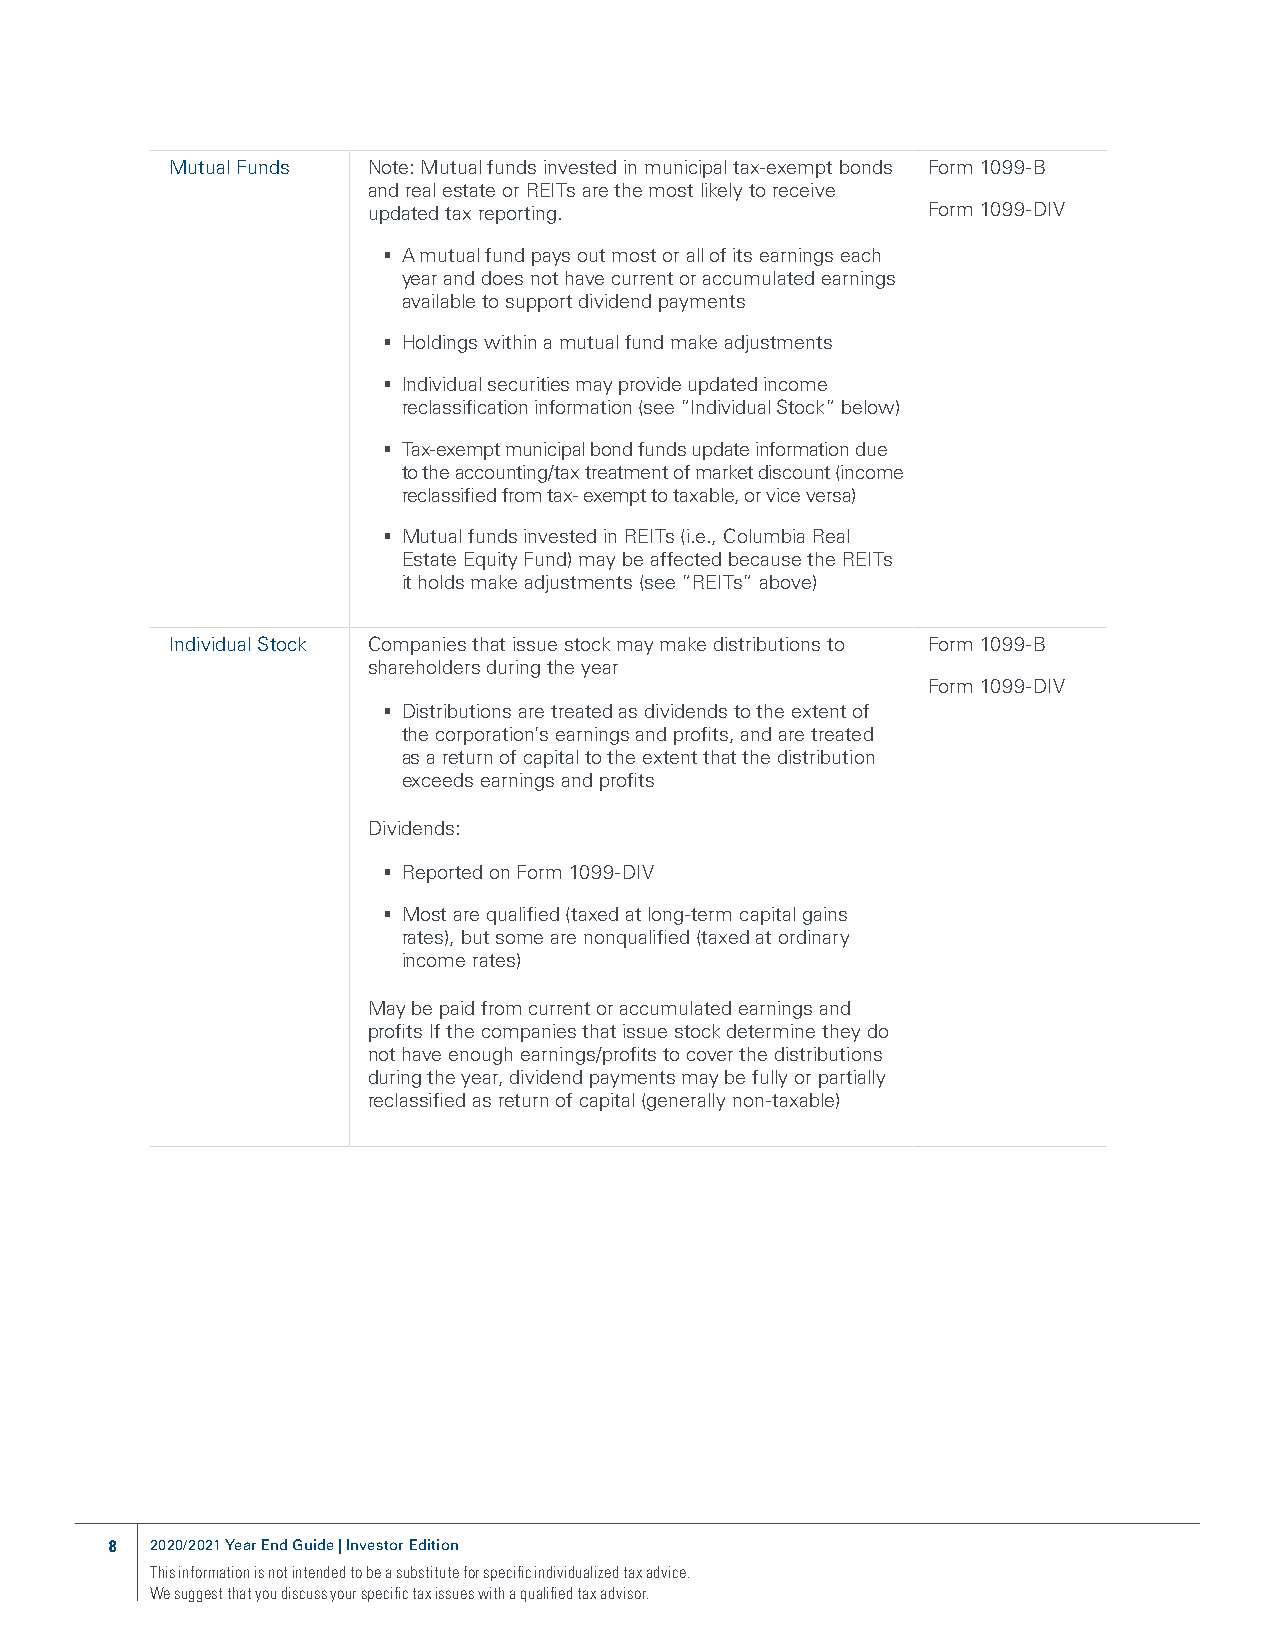
Mutual Funds Note: Mutual funds invested in municipal tax-exempt bonds Form 1099-B
 and real estate or REITs are the most likely to receive
 updated tax reporting.               Form 1099-DIV
 § A mutual fund pays out most or all of its earnings each
 year and does not have current or accumulated earnings
 available to support dividend payments
 § Holdings within a mutual fund make adjustments
 § Individual securities may provide updated income
 reclassification information (see ”Individual Stock” below)
 § Tax-exempt municipal bond funds update information due
 to the accounting/tax treatment of market discount (income
 reclassified from tax- exempt to taxable, or vice versa)
 § Mutual funds invested in REITs (i.e., Columbia Real
 Estate Equity Fund) may be affected because the REITs
 it holds make adjustments (see ”REITs” above)
 Individual Stock Companies that issue stock may make distributions to Form 1099-B
 shareholders during the year
 Form 1099-DIV
 § Distributions are treated as dividends to the extent of
 the corporation’s earnings and profits, and are treated
 as a return of capital to the extent that the distribution
 exceeds earnings and profits
 Dividends:
 § Reported on Form 1099-DIV
 § Most are qualified (taxed at long-term capital gains
 rates), but some are nonqualified (taxed at ordinary
 income rates)
 May be paid from current or accumulated earnings and
 profits If the companies that issue stock determine they do
 not have enough earnings/profits to cover the distributions
 during the year, dividend payments may be fully or partially
 reclassified as return of capital (generally non-taxable)
 8  2020/2021 Year End Guide | Investor Edition
 This information is not intended to be a substitute for specific individualized tax advice.
 We suggest that you discuss your specific tax issues with a qualified tax advisor.